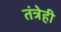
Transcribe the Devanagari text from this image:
तंत्रेही